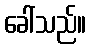
ခေါ်သည်။